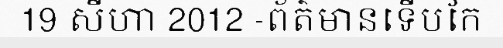
19 សីហា 2012 -ព័ត៌មានទើបកែ